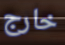
خارج